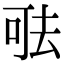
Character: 𠳊